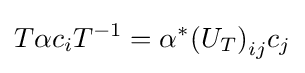
T\alpha c_{i}T^{-1}=\alpha ^{*}{(U_{T})}_{ij}c_{j}